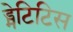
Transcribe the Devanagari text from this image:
ड्मेटिटिस